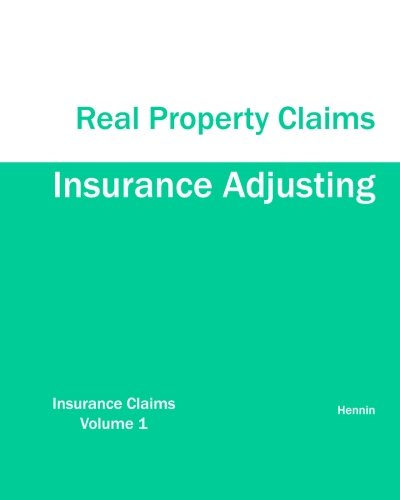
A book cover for Insurance Adjusting Real Property Claims; Hennin; Business & Money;